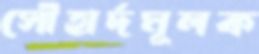
সৌহার্দমূলক